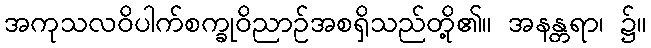
အကုသလဝိပါက်စက္ခုဝိညာဉ်အစရှိသည်တို့၏။ အနန္တရာ၊ ၌။